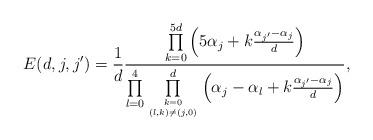
LaTeX: \begin{align*}E(d,j,j')=\frac{1}{d}\frac{\prod\limits_{k=0}^{5d}\left(5\alpha_j+k\frac{\alpha_{j'}-\alpha_j}{d}\right)}{\prod\limits_{l=0}^4\prod\limits_{k=0 \atop (l,k)\neq (j,0)}^d\left(\alpha_j-\alpha_l+k\frac{\alpha_{j'}-\alpha_j}{d}\right)},\end{align*}